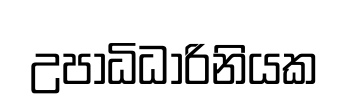
උපාධිධාරිනියක